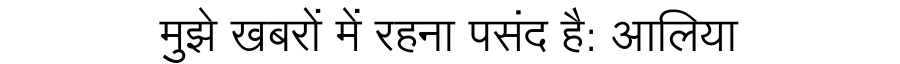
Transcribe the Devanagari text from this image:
मुझे खबरों में रहना पसंद है: आलिया